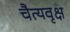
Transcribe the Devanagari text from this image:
चैत्यवृक्ष